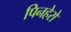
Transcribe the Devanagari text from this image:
पिनहेरो